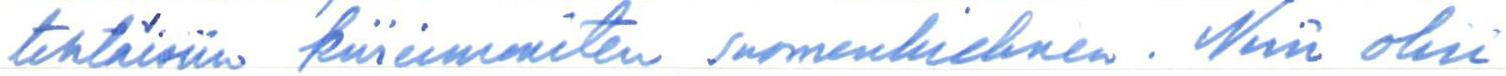
tehtäisiin kiireimmiten suomenkielinen. Niin olisi